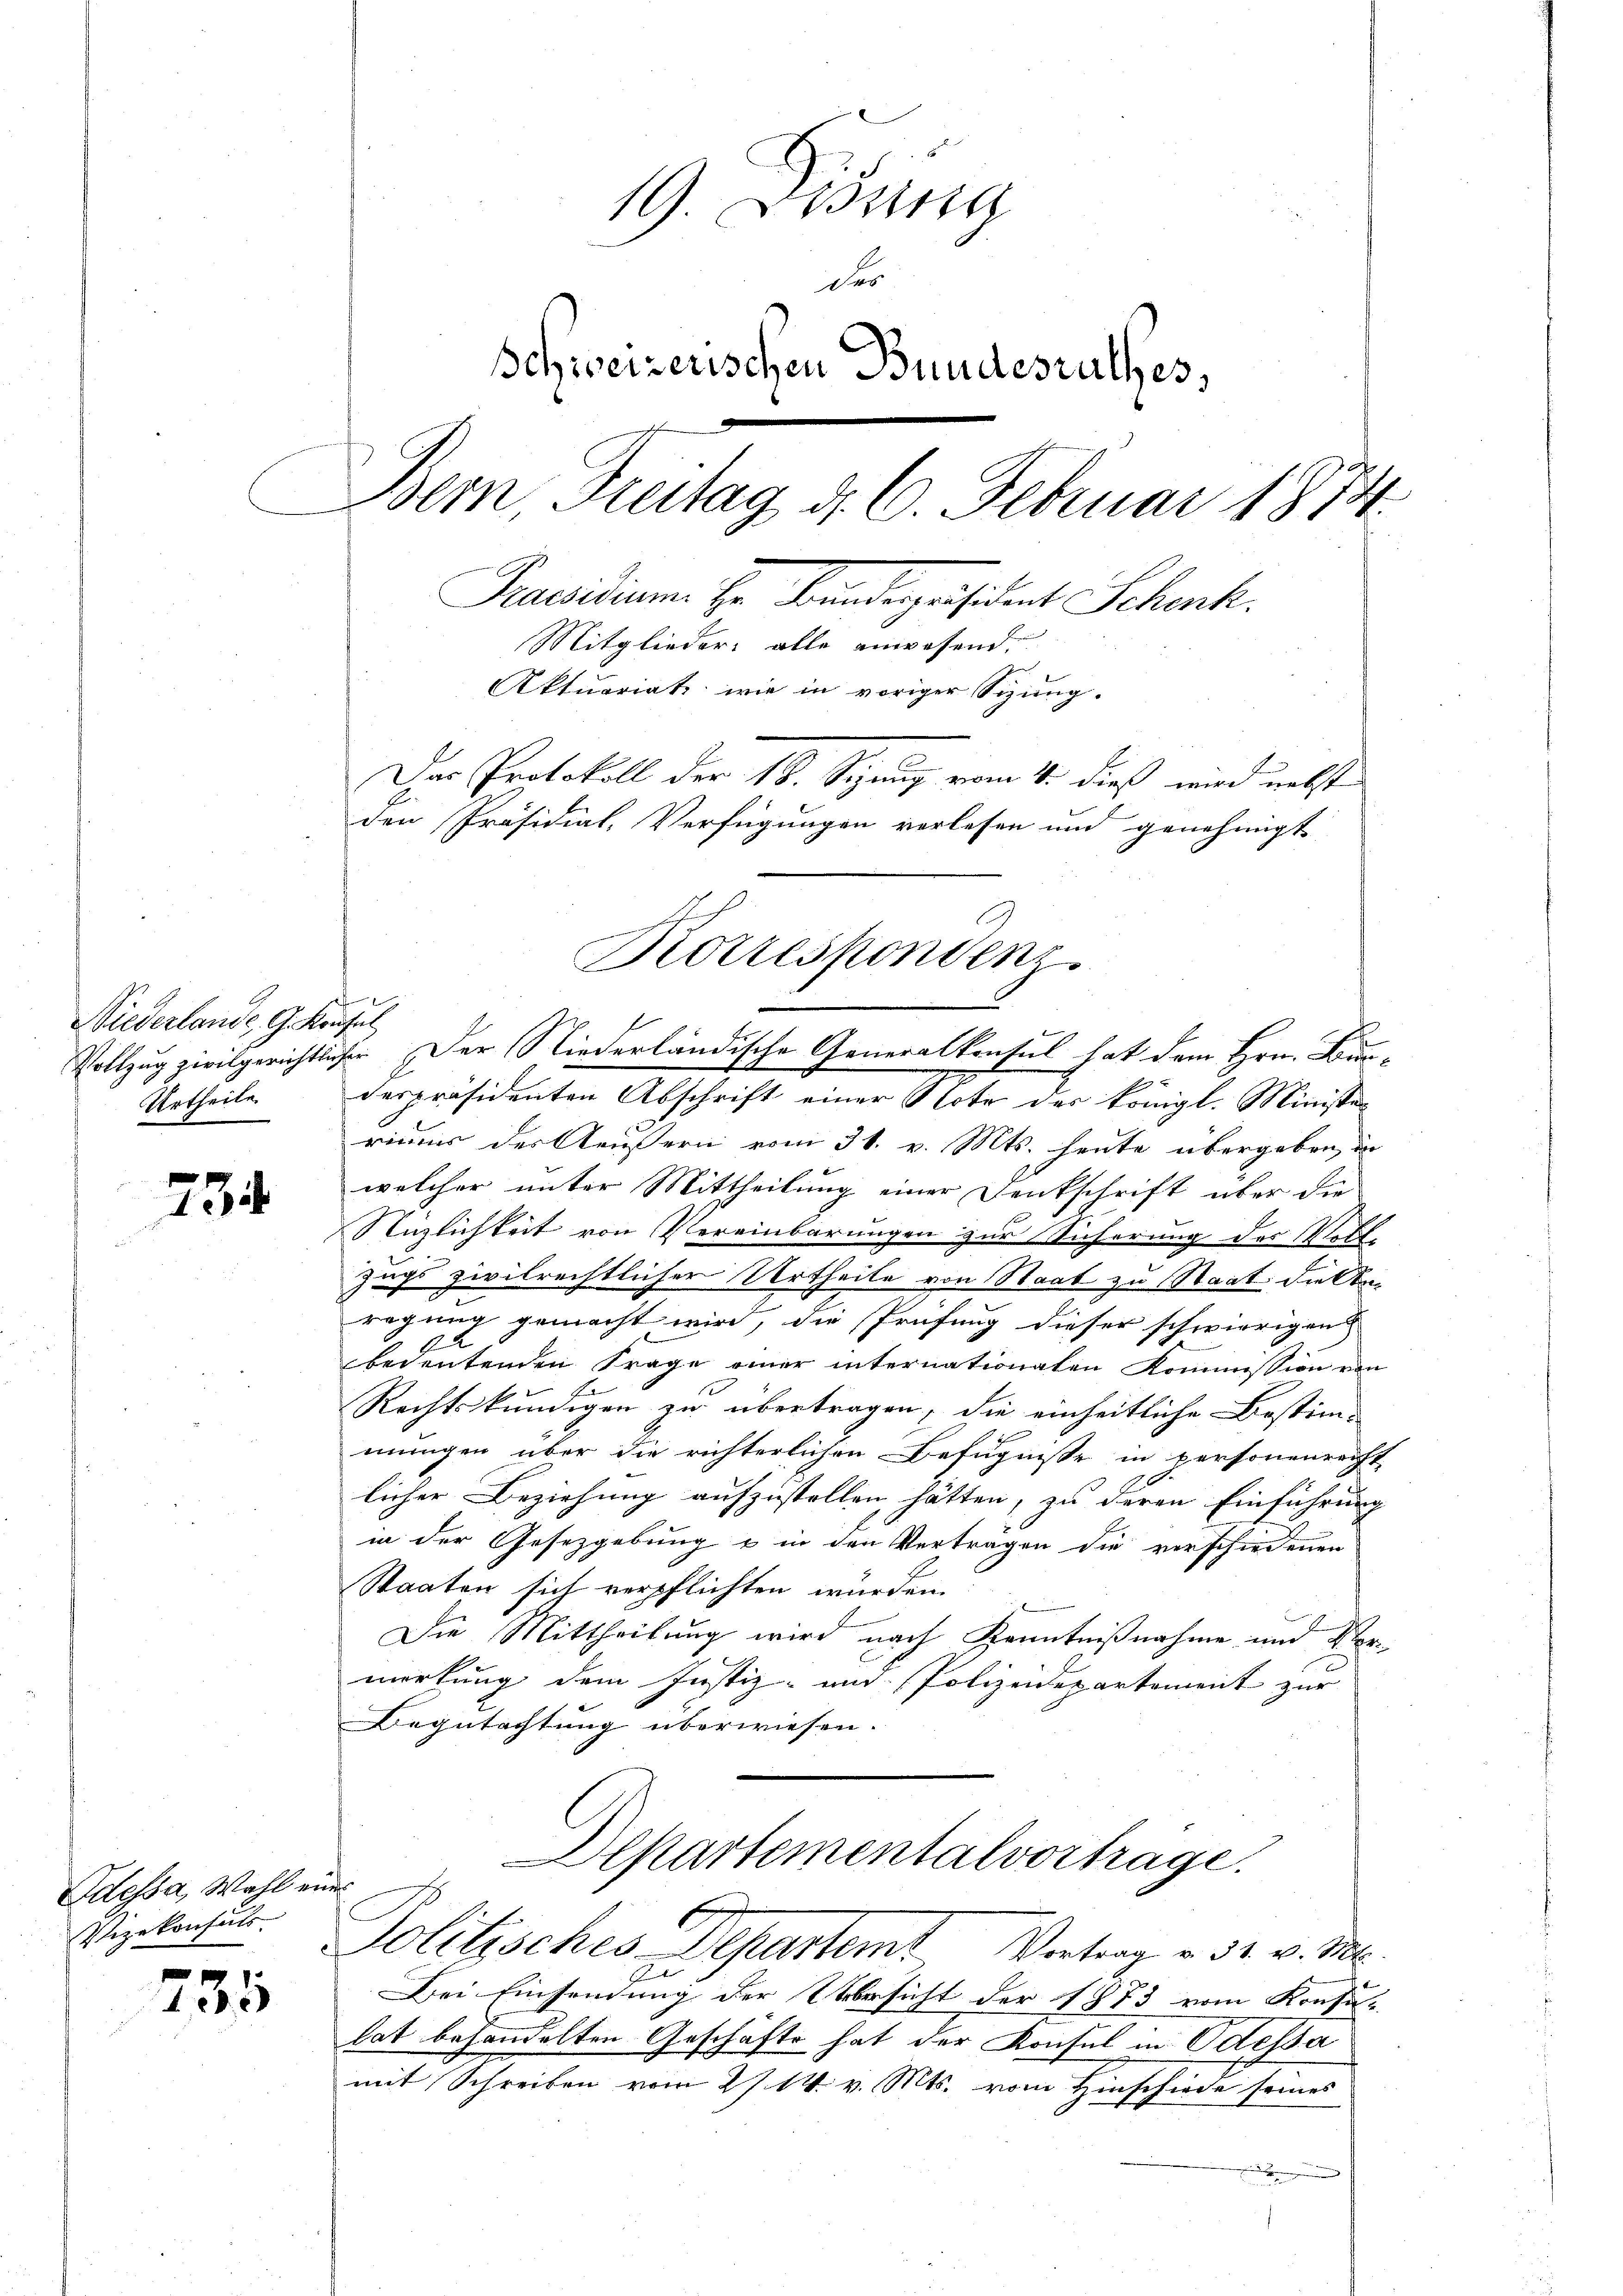
Niederlande, G. Kon¬
Urtheile

434

Odessa, Wahl ein
Vizekonsuls.

235

19. Disung
des
Schweizerischen Bundesrathes,
Bem, Freitag d. 6. Februar 1874.
Praesiduum. Hr. Bundepräsident Schenk
Mitglieder alle anwesend.
Aktuariat wie in voriger Sizung.
Das Protokoll der 18. Sizung vom 4. dieß wird nebst
den Präsidial-Verfügungen verlesen und genehmigt

Korrespondenz.
Vollzug zivilgerichtlicher Der Niederländische Generalkonsul hat dem Hrn. Bun¬

ses
derpräsidenten Abschrift einer Note des königl. Minister
riums der Aeußern vom 31. v. Mts. heute übergeben, in
welcher unter Mittheilung einer Denkschrift über die
Nüzlichkeit von Vereinbarungen zur Sicherung der Voll-
Zugs zivilrechtlicher Urtheile von Staat zu Staat die Anregung gemacht wird, die Prüfung dieser schwierigen
bedeutenden Frage einer internationaten Kommission von
A
Rechtskundigen zu übertragen, die einheitliche Bestim-
mungen über die richterlichen Befugnisse in personenreicht
licher Beziehung aufzustellen hätten, zu deren Einführung
in der Gesetzgebung & in den Vertragen die verschiedenen
Staaten sich verpflichten würden.
Die Mittheilung wird nach Kenntnißnahme und Verwortung dem Justiz- und Polizeidepartement zur
Begutachtung überwiesen.
Departementalvortrage.
olitisches Departemt Vortrag v. 31. v. M.
A
Bei Einsendung der Obersicht der 1873 vom Konsu-
lat behandelten Geschäfts hat der Konsul in Odessa
mit Schreiben vom 27. 14. v. Mts. vom Hinschiede seines
d